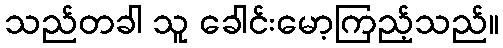
သည်တခါ သူ ခေါင်းမော့ကြည့်သည်။